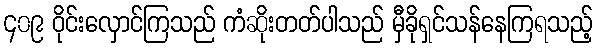
၄၀၉ ဝိုင်းလှောင်ကြသည် ကံဆိုးတတ်ပါသည် မှီခိုရှင်သန်နေကြရသည့်